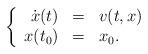
LaTeX: \begin{align*}\left\{\begin{array}{rcl} \dot{x}(t)&=&v(t, x)\\x(t_{0})&=&x_0. \end{array}\right.\end{align*}